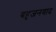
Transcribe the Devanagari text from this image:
बहुजनवाद